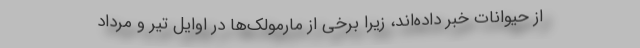
از حیوانات خبر داده‌اند، زیرا برخی از مارمولک‌ها در اوایل تیر و مرداد